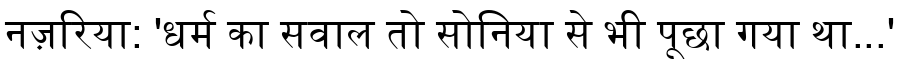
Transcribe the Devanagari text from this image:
नज़रिया: 'धर्म का सवाल तो सोनिया से भी पूछा गया था...'